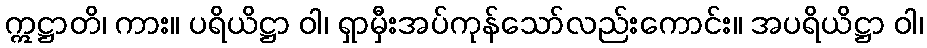
ဣဋ္ဌာတိ၊ ကား။ ပရိယိဋ္ဌာ ဝါ၊ ရှာမှီးအပ်ကုန်သော်လည်းကောင်း။ အပရိယိဋ္ဌာ ဝါ၊